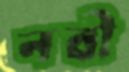
নবী